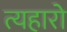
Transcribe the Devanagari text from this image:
त्यहारो